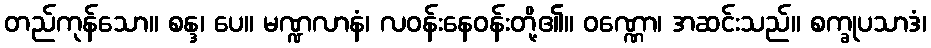
တည်ကုန်သော။ စန္ဒ၊ ပေ။ မဏ္ဍလာနံ၊ လဝန်းနေဝန်းတို့၏။ ဝဏ္ဏော၊ အဆင်းသည်။ စက္ခုပသာဒံ၊